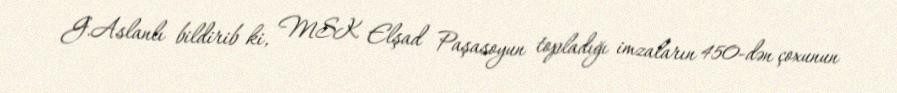
G.Aslanlı bildirib ki, MSK Elşad Paşasoyun topladığı imzaların 450-dən çoxunun